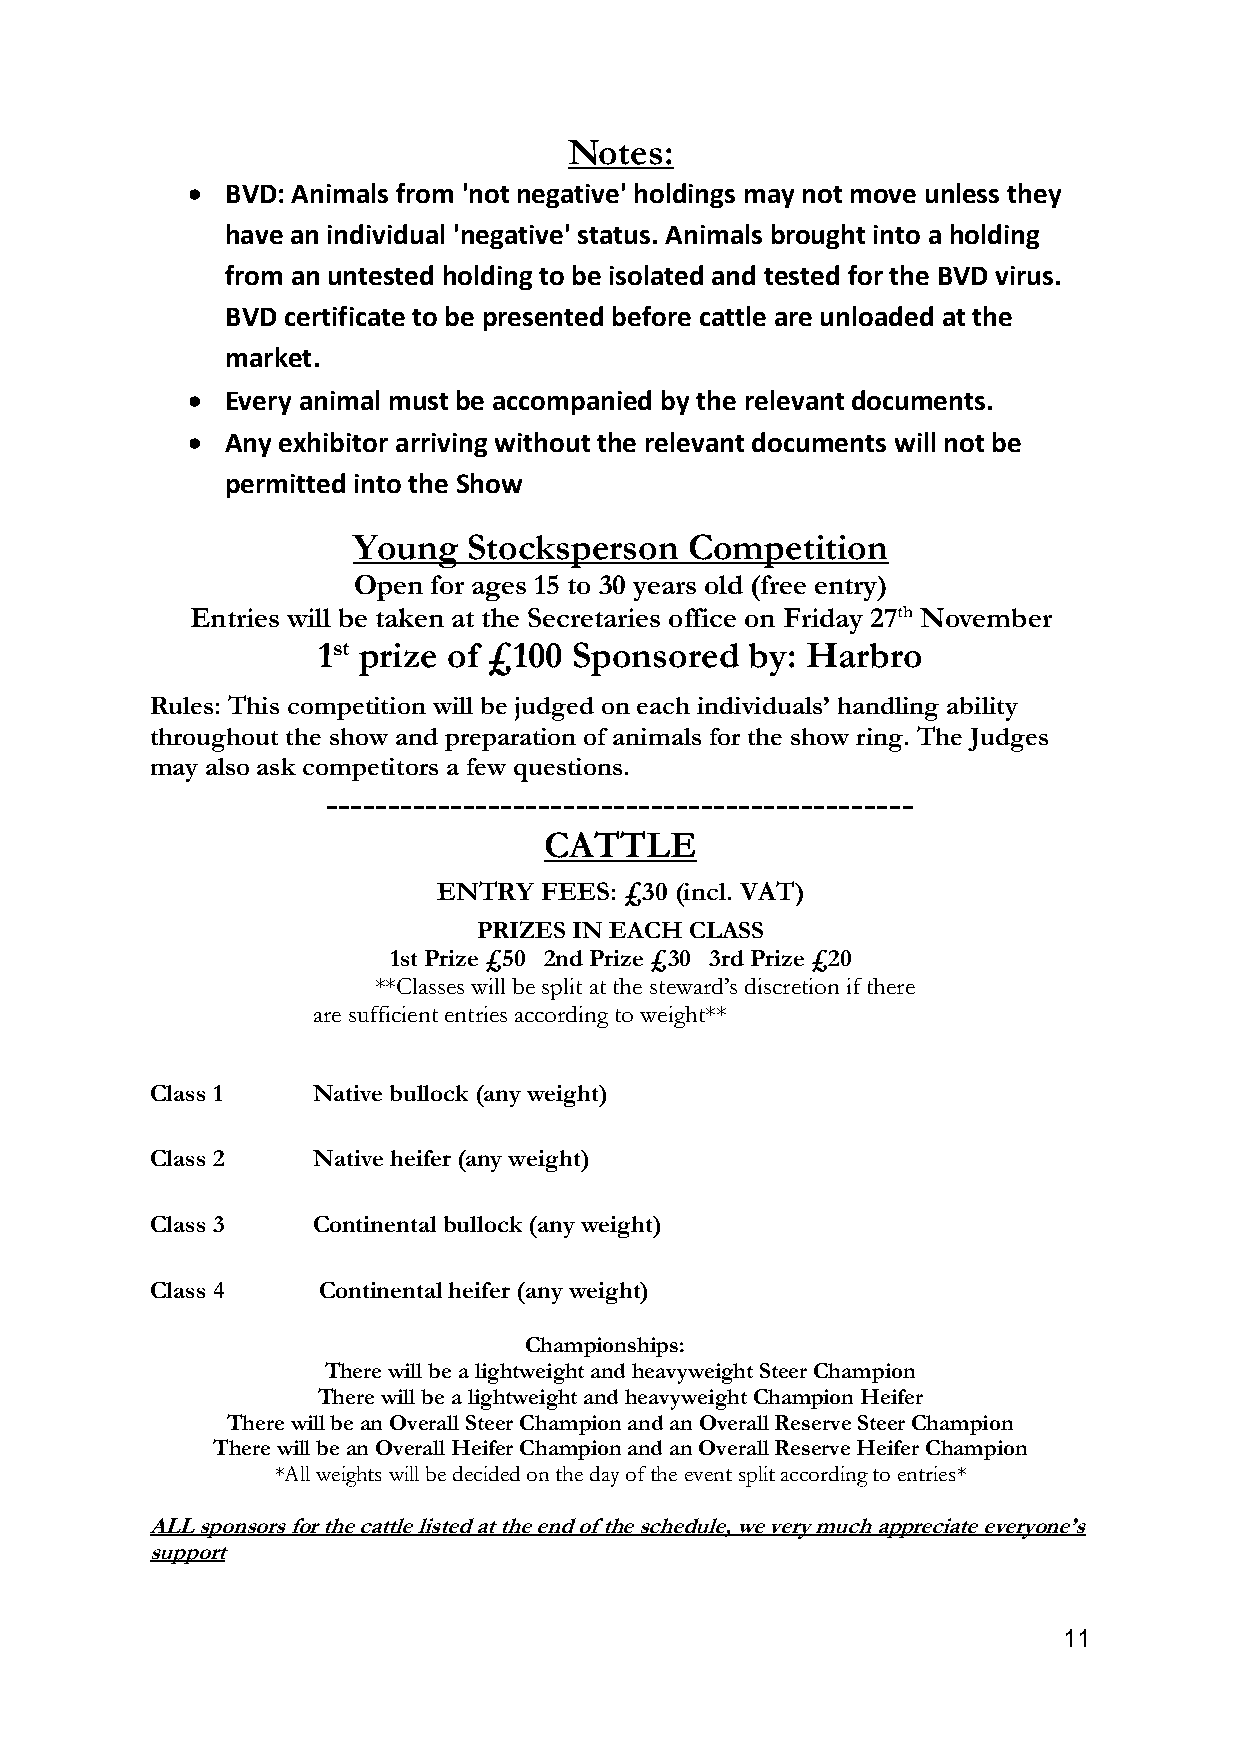
Notes:
 •  BVD: Animals from 'not negative' holdings may not move unless they
 have an individual 'negative' status. Animals brought into a holding
 from an untested holding to be isolated and tested for the BVD virus.
 BVD certificate to be presented before cattle are unloaded at the
 market.
 •  Every animal must be accompanied by the relevant documents.
 •  Any exhibitor arriving without the relevant documents will not be
 permitted into the Show
 Young   Stocksperson   Competition
 Open for ages 15 to 30 years old (free entry)
 Entries will be taken at the Secretaries office on Friday 27th November
 1st prize of £100 Sponsored  by: Harbro
 Rules: This competition will be judged on each individuals’ handling ability
 throughout the show and preparation of animals for the show ring. The Judges
 may also ask competitors a few questions.
 -----------------------------------------------
 CATTLE
 ENTRY  FEES: £30 (incl. VAT)
 PRIZES IN EACH CLASS
 1st Prize £50 2nd Prize £30 3rd Prize £20
 **Classes will be split at the steward’s discretion if there
 are sufficient entries according to weight**
 Class 1    Native bullock (any weight)
 Class 2    Native heifer (any weight)
 Class 3    Continental bullock (any weight)
 Class 4    Continental heifer (any weight)
 Championships:
 There will be a lightweight and heavyweight Steer Champion
 There will be a lightweight and heavyweight Champion Heifer
 There will be an Overall Steer Champion and an Overall Reserve Steer Champion
 There will be an Overall Heifer Champion and an Overall Reserve Heifer Champion
 *All weights will be decided on the day of the event split according to entries*
 ALL sponsors for the cattle listed at the end of the schedule, we very much appreciate everyone’s
 support
 11